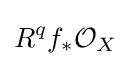
R^{q}f_{*}{\mathcal {O}}_{X}